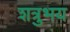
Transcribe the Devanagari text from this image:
शत्रुभय